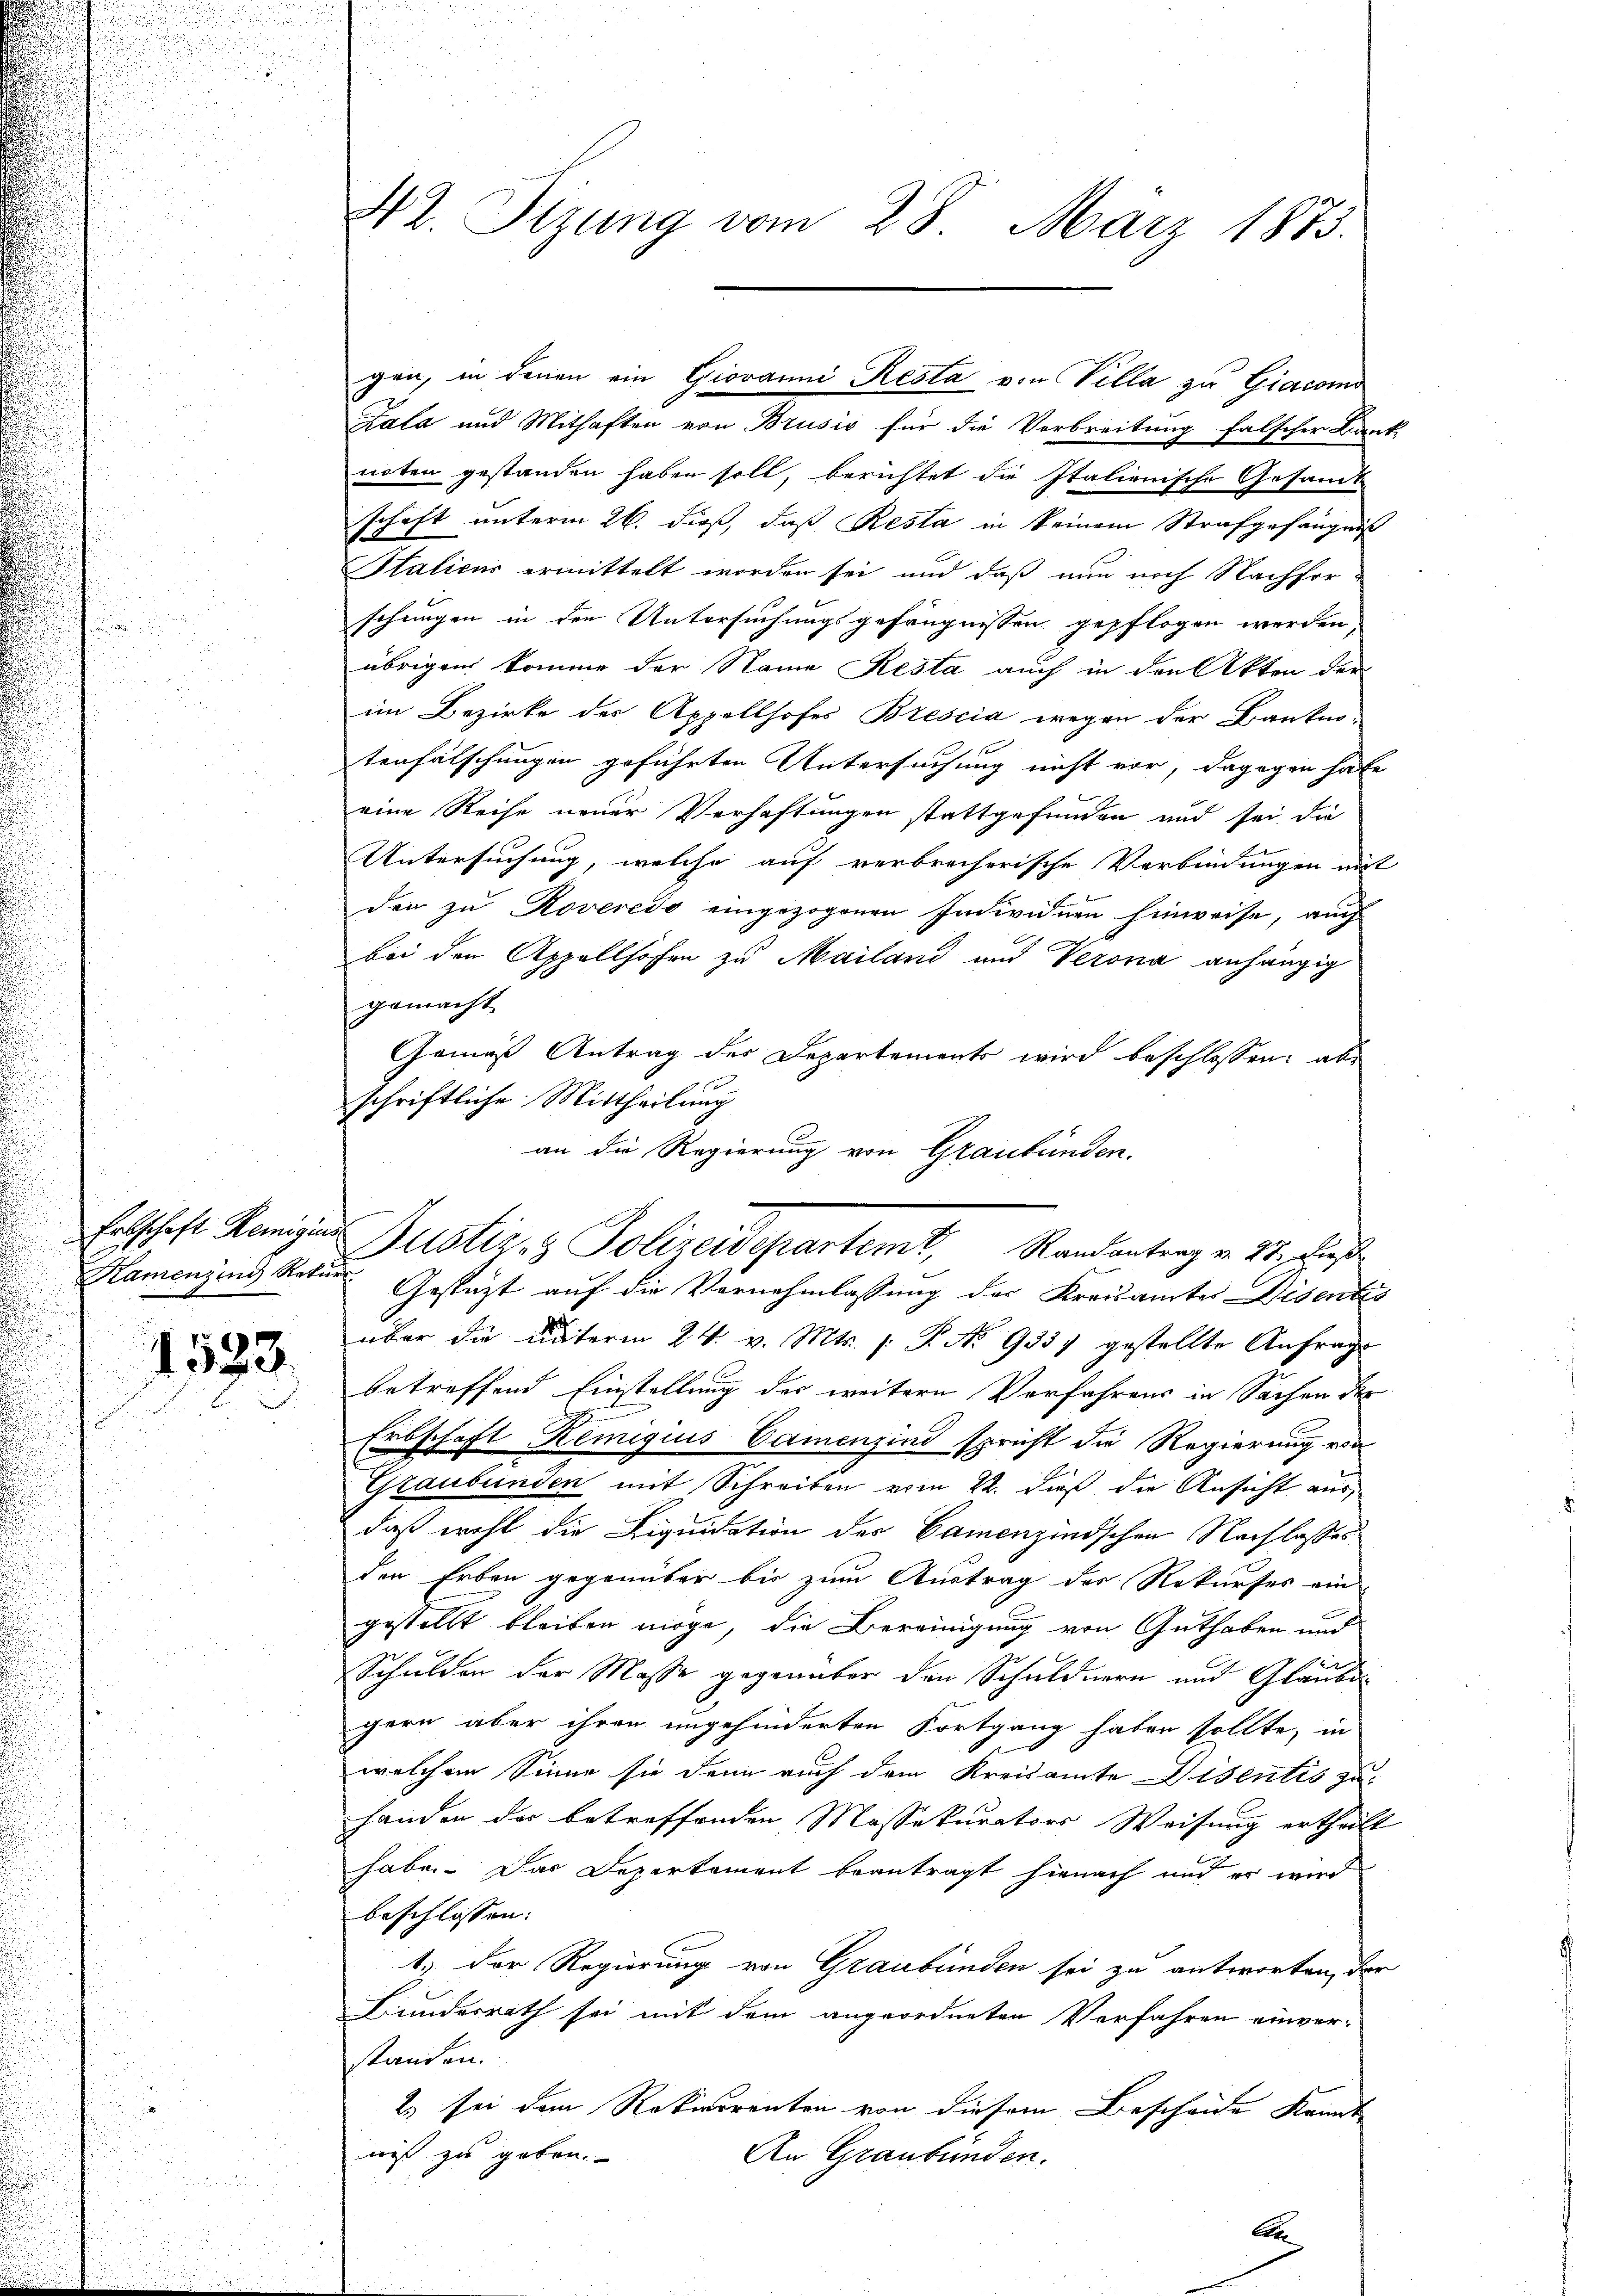
523.

42. Sitzung vom 28. März 1873.

Kala und Mithaften von Brusio für die Verbreitung falscher Bau-
noten gestanden haben soll, berichtet die Italienische Gesamt-
schaft unterm 26. dieß, daß Resta in keinem Strafgefängniß
Staliens ermittelt worden sei und daß nun noch Nachfor-
schungen in den Untersuchungsgefängnissen gepflogen werden,
übrigen komme der Name Resta auch in den Akten der
im Bezirke des Appellhofes Brescia wegen der Banken-
tenfälschungen geführten Untersuchung nicht vor, dagegen habe
eine Reise neuer Verhaftungen stattgefunden und sei die
Untersuchung, welche auf verbrecherische Verbindungen ni
den zu Roveredo eingezogenen Individuen hinweise, auch
bei den Appellhöhen zu Mailand und Veronia anhängig
gemacht
Gemäß Antrag der Departements wird beschlossen: ab
schriftliche Mittheilung
an die Regierung von Graubünden.
über die unterm 24. v. Mts. 1. P. No 9337 gestellte Anfrage
betreffend Einstellung des weitere Verfahrens in Sachen der
Erbschaft Remigius Camenzind spricht die Regierung von
Graubünden mit Schreiben vom 22. dieß die Ansicht aus
daß wohl die Liquidation der Camenzindschen Nachlasses
den Erben gegenüber bis zum Austrag der Rekurses ein
gestellt bleiben möge, die Bereinigung von Guthaben und
.
Schulden der Masse gegenüber den Schuldnern und Glaube
gern aber ihren ungehinderten Fortgang haben sollte, in
d
welchem Sinne sie dann auch dem Kreisamte Disentis zu-
handen der betreffenden Massekurators Weisung ertheile
habe. Das Departement beantragt hienach und er wird
beschlossen:
1.) Der Regierung von Graubünden sei zu antworten, der
Bundesrath sei mit dem angeordneten Verfahren einver-
standen.
2. sei dem Rekurrenten von diesem Bescheide kannt
nis zu geben.
An Graubünden.

gen, in denen ein Giovanni Resta von Villa zu Giacomo

Eolschaft Kunigen Justiz- & Polizeidepartemt, Randantrag v. 21. dies
Hamenzind Natur Gestatt auf die Vornehmlassung der Kreisamtes Disente

Ct.